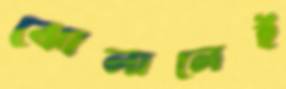
ঝোলালেই